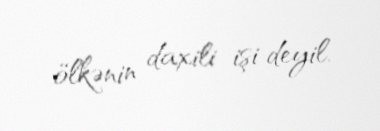
ölkənin daxili işi deyil.